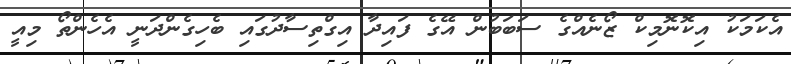
އެކަމަކު އިކޮނޮމިކް ޒޯނެއްގެ ސަބަބުން އޭގެ ފައިދާ އިގްތިސާދުގައި ބެހިގެންދަނީ އެހެންތޯ މިއީ